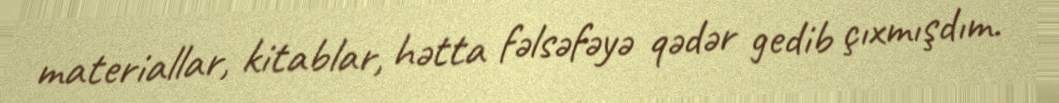
materiallar, kitablar, hətta fəlsəfəyə qədər gedib çıxmışdım.